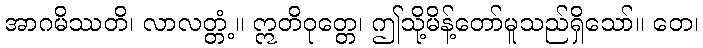
အာဂမိဿတိ၊ လာလတ္တံ့။ ဣတိဝုတ္တေ၊ ဤသို့မိန့်တော်မူသည်ရှိသော်။ တေ၊